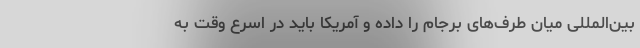
بین‌المللی میان طرف‌های برجام را داده و آمریکا باید در اسرع وقت به